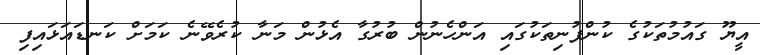
އީޔޫ ގައުމުތަކުގެ ކުންފުނިތަކުގައި އަންހެނުން ބުރުގާ އެޅުން މަނާ ކުރެވޭނެ ކަމަށް ކަނޑައަޅައިފި